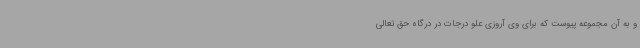
و به آن مجموعه پیوست که برای وی آروزی علو درجات در درگاه حق تعالی